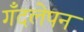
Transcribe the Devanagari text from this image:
गँदलेपन